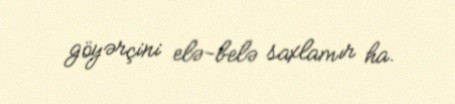
göyərçini elə-belə saxlamır ha.